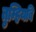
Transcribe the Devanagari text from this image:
तुम्हियबि